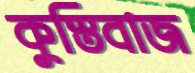
কুস্তিবাজ